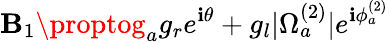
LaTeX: \mathbf{B}_{1}\proptog_{a}g_{r}e^{\mathbf{i}\theta}+g_{l}|\Omega_{a}^{(2)}|e^{\mathbf{i}\phi_{a}^{(2)}}